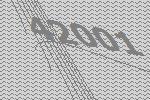
42001